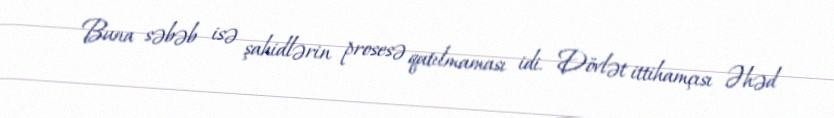
Buna səbəb isə şahidlərin prosesə qatılmaması idi. Dövlət ittihamçısı Əhəd